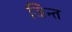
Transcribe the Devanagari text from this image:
जिन्त